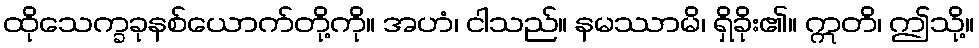
ထိုသေက္ခခုနစ်ယောက်တို့ကို။ အဟံ၊ ငါသည်။ နမဿာမိ၊ ရှိခိုး၏။ ဣတိ၊ ဤသို့။